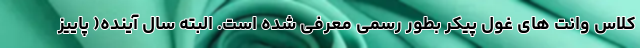
کلاس وانت های غول پیکر بطور رسمی معرفی شده است. البته سال آینده( پاییز